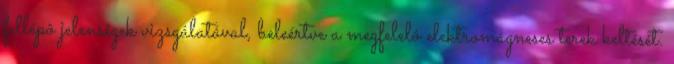
fellépô jelenségek vizsgálatával, beleértve a megfelelô elektromágneses terek keltését.